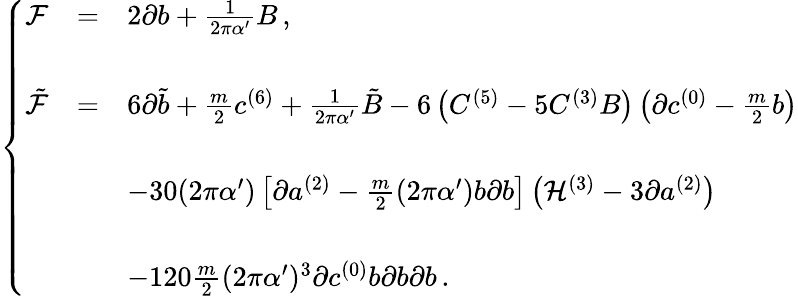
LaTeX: \left\{ \begin{array}{rcl}{{{\cal F}}}&{{=}}&{{2\partial b+\frac{1}{2\pi\alpha^{\prime}}B\, ,}}\\ {{}}&{{}}&{{}}\\ {{\tilde{\cal F}}}&{{=}}&{{6\partial\tilde{b}+\frac{m}{2}c^{(6)}+\frac{1}{2\pi\alpha^{\prime}}\tilde{B}-6\left(C^{(5)}-5C^{(3)}B\right)\left(\partial c^{(0)}-\frac{m}{2}b\right)}}\\ {{}}&{{}}&{{}}\\ {{}}&{{}}&{{-30(2\pi\alpha^{\prime})\left[\partial a^{(2)}-\frac{m}{2}(2\pi\alpha^{\prime})b\partial b\right]\left({\cal H}^{(3)}-3\partial a^{(2)}\right)}}\\ {{}}&{{}}&{{}}\\ {{}}&{{}}&{{-120\frac{m}{2}(2\pi\alpha^{\prime})^{3}\partial c^{(0)}b\partial b\partial b\, .}}\end{array}\right.